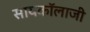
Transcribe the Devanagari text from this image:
सायकॉलाजी